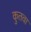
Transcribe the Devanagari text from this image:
कुतवा